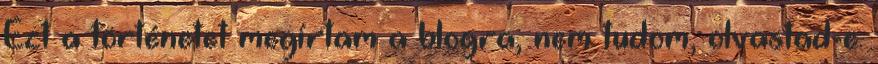
Ezt a történetet megírtam a blogra, nem tudom, olvastad-e.